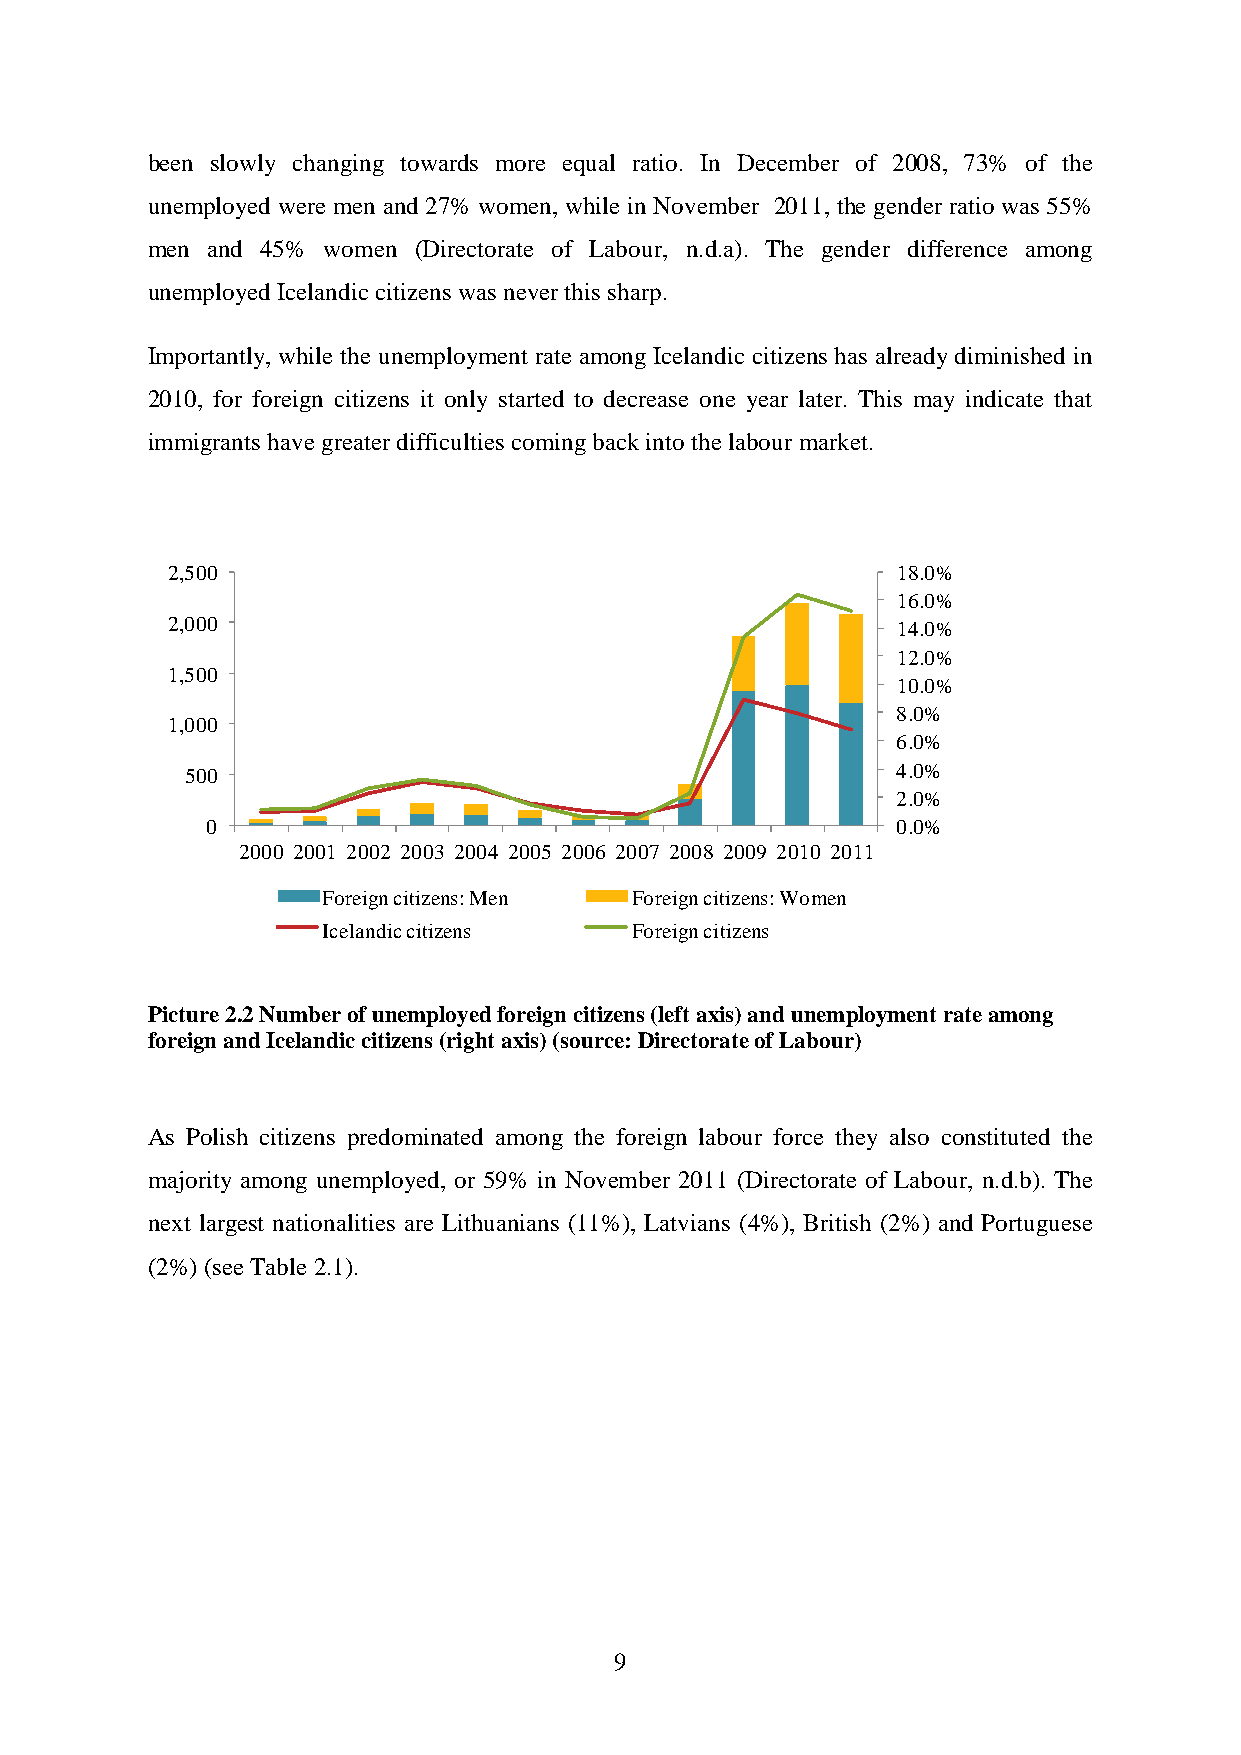
been slowly changing towards more equal ratio. In December of 2008, 73% of the
 unemployed were men and 27% women, while in November 2011, the gender ratio was 55%
 men and 45% women (Directorate of Labour, n.d.a). The gender difference among
 unemployed Icelandic citizens was never this sharp.
 Importantly, while the unemployment rate among Icelandic citizens has already diminished in
 2010, for foreign citizens it only started to decrease one year later. This may indicate that
 immigrants have greater difficulties coming back into the labour market.
 2,500                                           18.0%
 16.0%
 2,000                                           14.0%
 12.0%
 1,500
 10.0%
 8.0%
 1,000
 6.0%
 500                                            4.0%
 2.0%
 0                                            0.0%
 2000 2001 2002 2003 2004 2005 2006 2007 2008 2009 2010 2011
 Foreign citizens: Men Foreign citizens: Women
 Icelandic citizens   Foreign citizens
 Picture 2.2 Number of unemployed foreign citizens (left axis) and unemployment rate among
 foreign and Icelandic citizens (right axis) (source: Directorate of Labour)
 As Polish citizens predominated among the foreign labour force they also constituted the
 majority among unemployed, or 59% in November 2011 (Directorate of Labour, n.d.b). The
 next largest nationalities are Lithuanians (11%), Latvians (4%), British (2%) and Portuguese
 (2%) (see Table 2.1).
 9